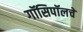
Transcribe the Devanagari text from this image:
गॉसिपॉलचे